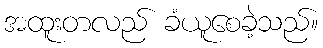
အထူးတလည် ခံယူစေခဲ့သည်။